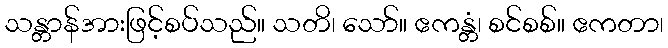
သန္တာန်အားဖြင့်စပ်သည်။ သတိ၊ သော်။ ဧကန္တံ၊ စင်စစ်။ ဧကတာ၊